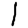
Digit: 1